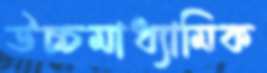
উচ্চমাধ্যামিক